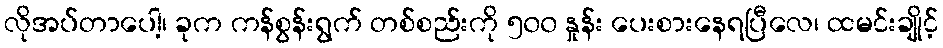
လိုအပ်တာပေါ့၊ ခုက ကန်စွန်းရွက် တစ်စည်းကို ၅၀၀ နှုန်း ပေးစားနေရပြီလေ၊ ထမင်းချိုင့်